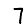
Digit: 7